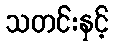
သတင်းနှင့်